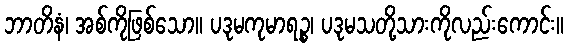
ဘာတိနံ၊ အစ်ကိုဖြစ်သော။ ပဒုမကုမာရဉ္စ၊ ပဒုမသတို့သားကိုလည်းကောင်း။